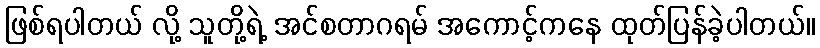
ဖြစ်ရပါတယ် လို့ သူတို့ရဲ့ အင်စတာဂရမ် အကောင့်ကနေ ထုတ်ပြန်ခဲ့ပါတယ်။